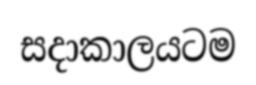
සදාකාලයටම